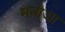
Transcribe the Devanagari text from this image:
मनोआ